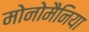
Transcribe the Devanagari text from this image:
मोनोमैनिया